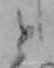
と